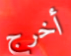
أخرج